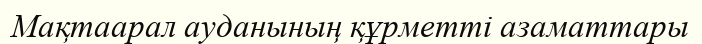
Мақтаарал ауданының құрметті азаматтары